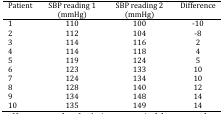
<table><thead><tr><td><b>Patient</b></td><td><b>SBP reading 1 (mmHg)</b></td><td><b>SBP reading 2 (mmHg)</b></td><td><b>Difference</b></td></tr></thead><tbody><tr><td>12345678910</td><td>110112114114119123124128134135</td><td>100104116118124133134140148149</td><td>-10-82451010121414</td></tr></tbody></table>